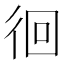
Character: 徊